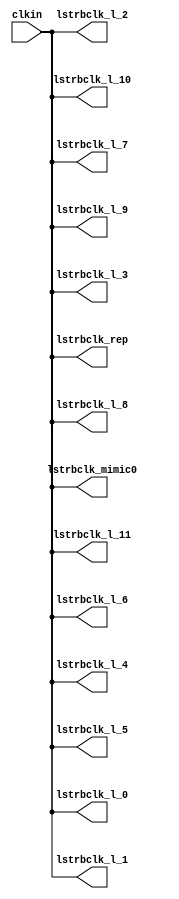
// This program was cloned from: https://github.com/chipsalliance/aib-phy-hardware
// License: Apache License 2.0

// SPDX-License-Identifier: Apache-2.0
// Copyright (C) 2019 Intel Corporation. 
//------------------------------------------------------------------------
//
// Revision:    $Revision: #6 $
//------------------------------------------------------------------------
// Description: skew-matched clock distribution network
//------------------------------------------------------------------------

module aibnd_clktree_mimic 
#(
parameter SKEW_DELAY     = 60   //min:20ps; typ :60ps; max:100ps
)
(
   input  wire         clkin,                   //clock source
   output wire 	       lstrbclk_l_0, 	        //buffered clock
   output wire         lstrbclk_l_1,            //buffered clock
   output wire         lstrbclk_l_2,            //buffered clock
   output wire         lstrbclk_l_3,            //buffered clock
   output wire         lstrbclk_l_4,            //buffered clock
   output wire         lstrbclk_l_5,            //buffered clock
   output wire         lstrbclk_l_6,            //buffered clock
   output wire         lstrbclk_l_7,            //buffered clock
   output wire         lstrbclk_l_8,            //buffered clock
   output wire         lstrbclk_l_9,            //buffered clock
   output wire         lstrbclk_l_10,           //buffered clock
   output wire         lstrbclk_l_11,           //buffered clock
   output wire         lstrbclk_rep, 	        //replica for DLL
   output wire         lstrbclk_mimic0         //mimic path for load matching
);

`ifdef TIMESCALE_EN
  timeunit 1ps;
  timeprecision 1ps;
`endif
  
                assign #SKEW_DELAY lstrbclk_l_0 = clkin;
                assign #SKEW_DELAY lstrbclk_l_1 = clkin;
                assign #SKEW_DELAY lstrbclk_l_2 = clkin;
                assign #SKEW_DELAY lstrbclk_l_3 = clkin;
                assign #SKEW_DELAY lstrbclk_l_4 = clkin;
                assign #SKEW_DELAY lstrbclk_l_5 = clkin;
                assign #SKEW_DELAY lstrbclk_l_6 = clkin;
                assign #SKEW_DELAY lstrbclk_l_7 = clkin;
                assign #SKEW_DELAY lstrbclk_l_8 = clkin;
                assign #SKEW_DELAY lstrbclk_l_9 = clkin;
                assign #SKEW_DELAY lstrbclk_l_10 = clkin;
                assign #SKEW_DELAY lstrbclk_l_11 = clkin;
                assign #SKEW_DELAY lstrbclk_rep = clkin;
                assign #SKEW_DELAY lstrbclk_mimic0 = clkin;

endmodule // aibnd_clktree_mimic